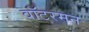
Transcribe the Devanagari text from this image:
वॉटरमन